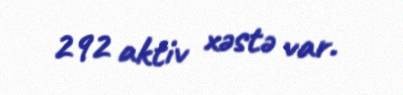
292 aktiv xəstə var.